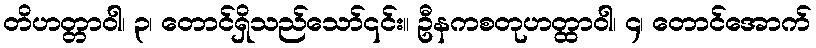
တိဟတ္တာဝါ၊ ၃၊ တောင်ရှိသည်သော်၎င်း။ ဦနကစတုဟတ္ထာဝါ၊ ၄၊ တောင်အောက်